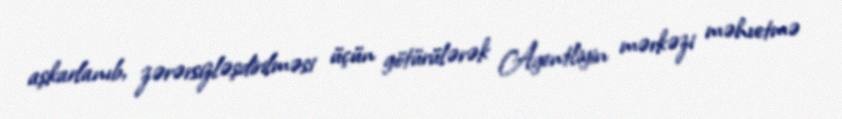
aşkarlanıb, zərərsizləşdirilməsi üçün götürülərək Agentliyin mərkəzi məhvetmə